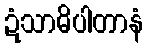
ဍံသာဓိပါတာနံ